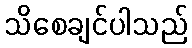
သိစေချင်ပါသည်